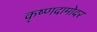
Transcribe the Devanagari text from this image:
कृष्णदामोदर